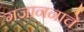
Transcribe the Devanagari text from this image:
गजाननाचे